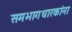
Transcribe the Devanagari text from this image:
समभागधारकांना